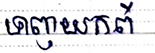
ទាញយកពី